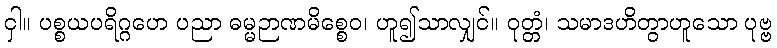
ငှါ။ ပစ္စယပရိဂ္ဂဟေ ပညာ ဓမ္မဉာဏမိစ္စေဝ၊ ဟူ၍သာလျှင်။ ဝုတ္တံ၊ သမာဒဟိတွာဟူသော ပုဗ္ဗ